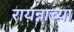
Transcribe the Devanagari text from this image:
रायन्नाच्या